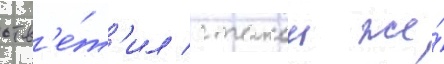
отв'е́т'ил с такои же́